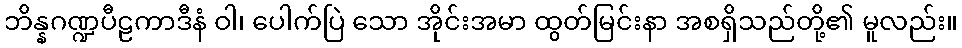
ဘိန္နဂဏ္ဍပီဠကာဒီနံ ဝါ၊ ပေါက်ပြဲ သော အိုင်းအမာ ထွတ်မြင်းနာ အစရှိသည်တို့၏ မူလည်း။